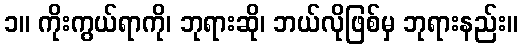
၁။ ကိုးကွယ်ရာကို၊ ဘုရားဆို၊ ဘယ်လိုဖြစ်မှ ဘုရားနည်း။